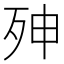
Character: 𭮇